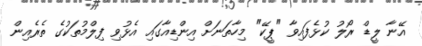
އޭނާ ލީޑް ރޯލު ކުޅެފައިވާ "ޕީކޭ" މިހާތަނަށް އިންޑިއާގައި އެޅުވި ފިލްމުތަކުގެ ތެރެއިން